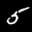
Label: 5